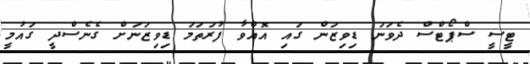
ޓީސީ ސްޕޯޓްސް ދެވަނަ ޑިވިޒަން ގައި އޮއްވާ ފުރަތަމަ ޑިވިޒަނަށް ގެނެސްދީ ގައުމީ